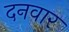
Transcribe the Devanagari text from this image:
दनवार